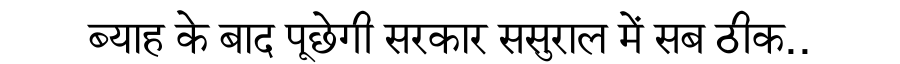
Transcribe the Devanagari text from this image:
ब्याह के बाद पूछेगी सरकार ससुराल में सब ठीक..